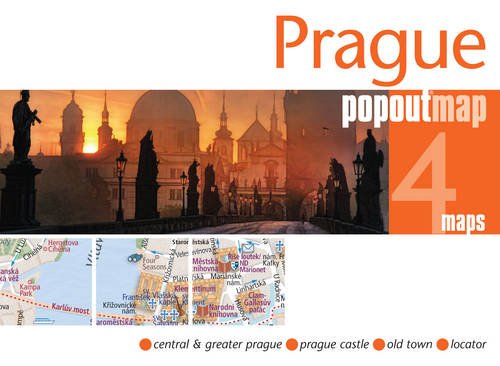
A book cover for Prague PopOut Map (PopOut Maps); Popout Maps; Travel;